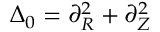
\Delta _ { 0 } = \partial _ { R } ^ { 2 } + \partial _ { Z } ^ { 2 }